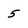
Character: 5